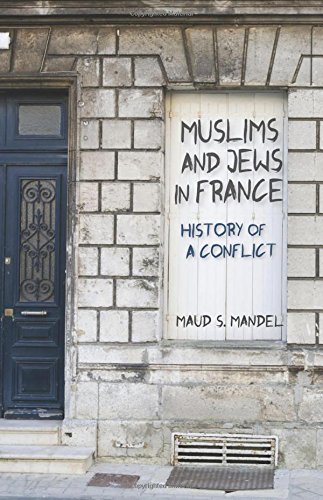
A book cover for Muslims and Jews in France: History of a Conflict; Maud S. Mandel; Religion & Spirituality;